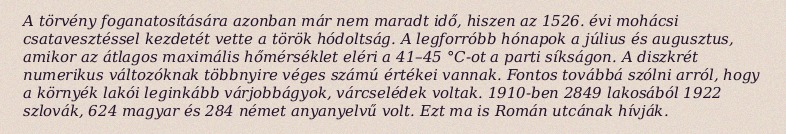
A törvény foganatosítására azonban már nem maradt idő, hiszen az 1526. évi mohácsi csatavesztéssel kezdetét vette a török hódoltság. A legforróbb hónapok a július és augusztus, amikor az átlagos maximális hőmérséklet eléri a 41–45 °C-ot a parti síkságon. A diszkrét numerikus változóknak többnyire véges számú értékei vannak. Fontos továbbá szólni arról, hogy a környék lakói leginkább várjobbágyok, várcselédek voltak. 1910-ben 2849 lakosából 1922 szlovák, 624 magyar és 284 német anyanyelvű volt. Ezt ma is Román utcának hívják.